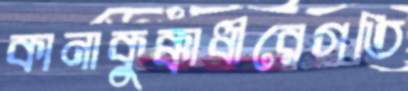
কানাকুক্কাধীরেগতি